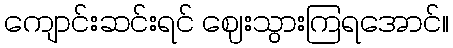
ကျောင်းဆင်းရင် ဈေးသွားကြရအောင်။